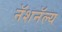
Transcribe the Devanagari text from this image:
नॅशनॅल्य